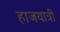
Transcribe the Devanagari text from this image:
हाजयात्री